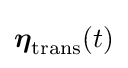
{\boldsymbol {\eta }}_{\text{trans}}(t)